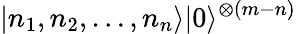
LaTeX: |n_{1},n_{2},\dots,n_{n}\rangle|0\rangle^{\otimes(m-n)}